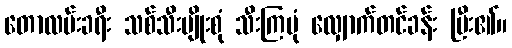
တောလမ်းခရီး သစ်သီးမျိုးစုံ သီးကြပုံ လျှောက်တင်ခန်း ပြီး၏။